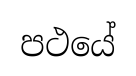
පථයේ